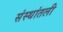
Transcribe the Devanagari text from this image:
संस्थांतली